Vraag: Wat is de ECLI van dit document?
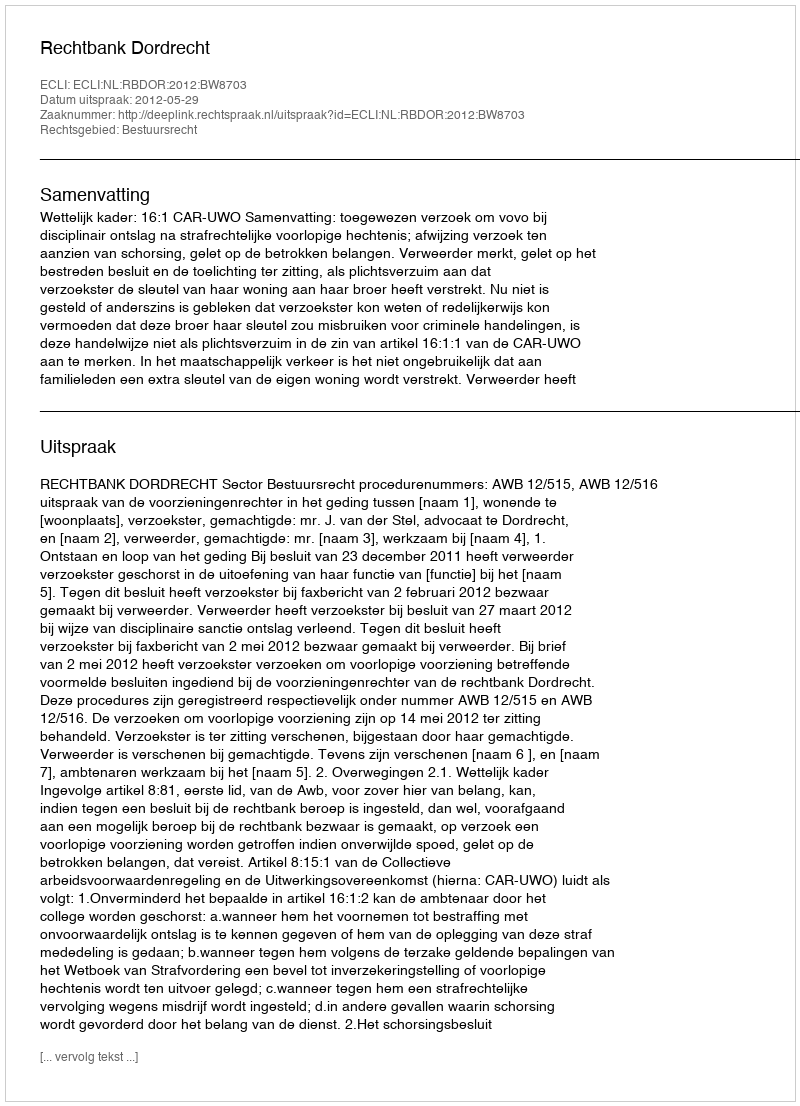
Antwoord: ECLI:NL:RBDOR:2012:BW8703